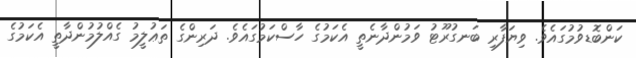
ކަންބޮޑވުމުގައެވެ. ވިޔަފާރި ބަނގުރޫޓު ވަމުންދާނެތީ އެކަމުގެ ހާސްކަމުގައެވެ. ދަރިންގެ ތަޢުލީމު ގެއްލުމުންދާތީ އެކަމުގެ